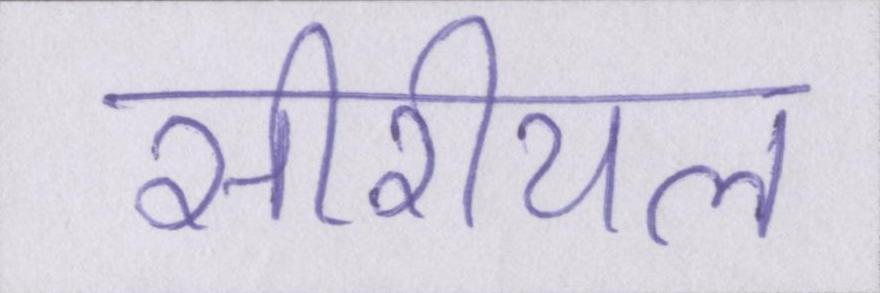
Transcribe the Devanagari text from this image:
सीरीयल